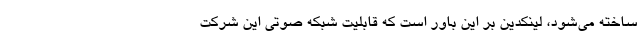
ساخته می‌شود، لینکدین بر این باور است که قابلیت شبکه صوتی این شرکت